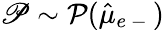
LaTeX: \mathscr P\sim\mathcal P(\hat{\mu}_{e\mathrm{~-~}})